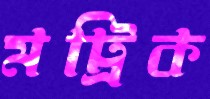
মট্রিক